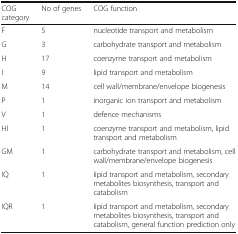
| COG category | No of genes | COG function |
 | --- | --- | --- |
 | F | 5 | nucleotide transport and metabolism |
 | G | 3 | carbohydrate transport and metabolism |
 | H | 17 | coenzyme transport and metabolism |
 | I | 9 | lipid transport and metabolism |
 | M | 14 | cell wall/membrane/envelope biogenesis |
 | P | 1 | inorganic ion transport and metabolism |
 | V | 1 | defence mechanisms |
 | HI | 1 | coenzyme transport and metabolism, lipid transport and metabolism |
 | GM | 1 | carbohydrate transport and metabolism, cell wall/membrane/envelope biogenesis |
 | IQ | 1 | lipid transport and metabolism, secondary metabolites biosynthesis, transport and catabolism |
 | IQR | 1 | lipid transport and metabolism, secondary metabolites biosynthesis, transport and catabolism, general function prediction only |